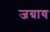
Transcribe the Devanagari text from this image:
जग्राय